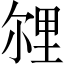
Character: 𲇁